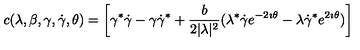
c ( \lambda , \beta , \gamma , \dot { \gamma } , \theta ) = \left[ \gamma ^ { * } \dot { \gamma } - \gamma \dot { \gamma } ^ { * } + \frac { b } { 2 | \lambda | ^ { 2 } } ( \lambda ^ { * } \dot { \gamma } e ^ { - 2 \imath \theta } - \lambda \dot { \gamma } ^ { * } e ^ { 2 \imath \theta } ) \right]